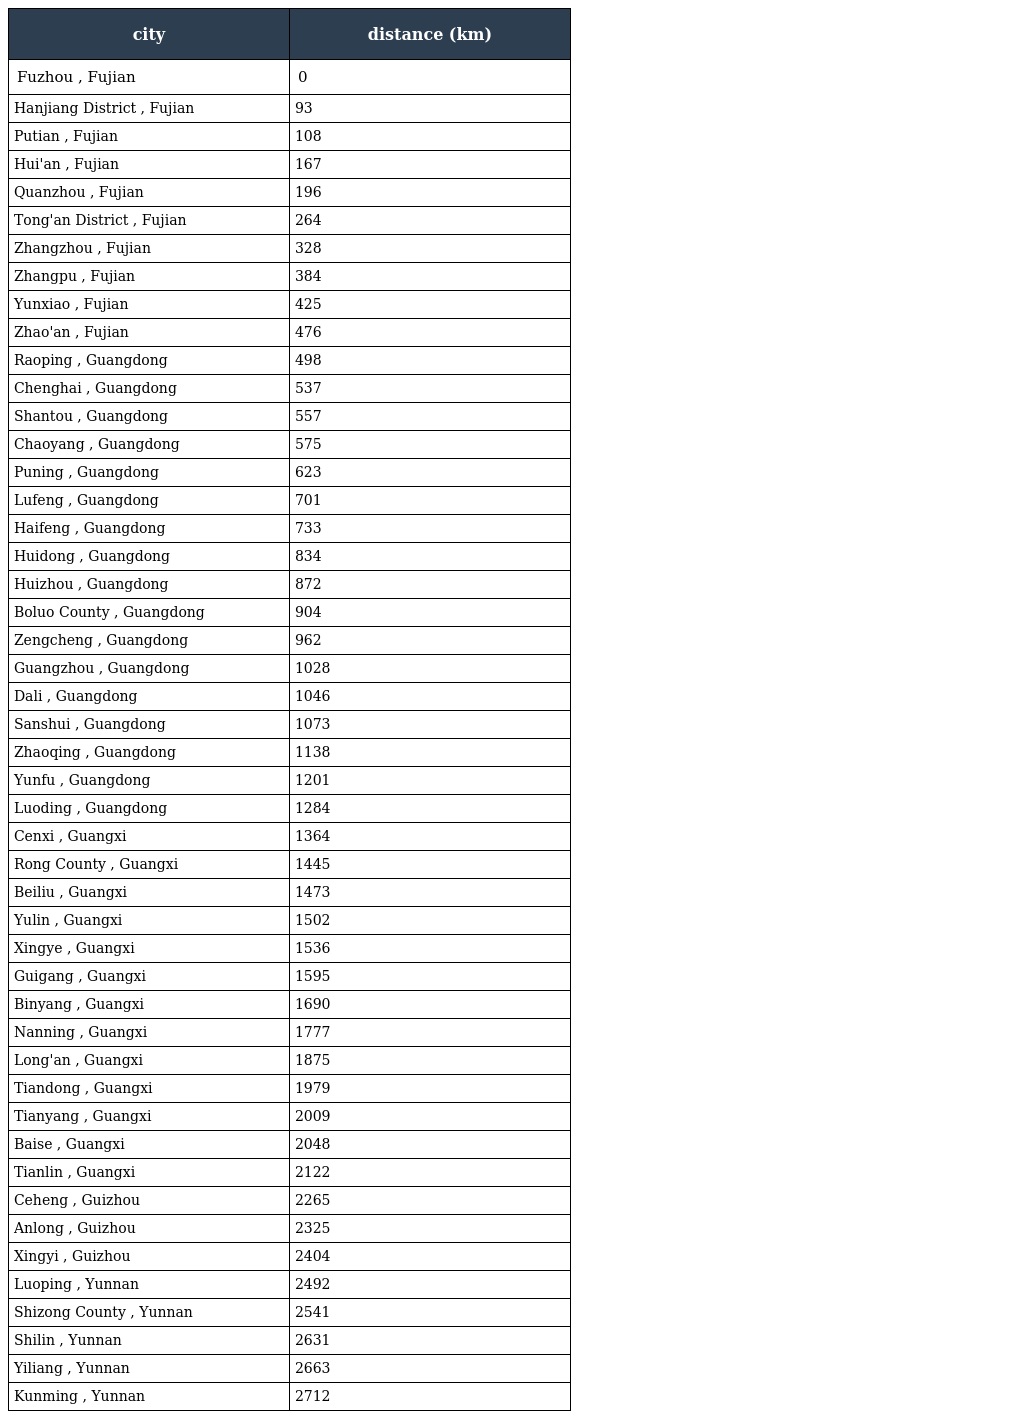
| city | distance (km) |
 | --- | --- |
 | Fuzhou , Fujian | 0 |
 | Hanjiang District , Fujian | 93 |
 | Putian , Fujian | 108 |
 | Hui'an , Fujian | 167 |
 | Quanzhou , Fujian | 196 |
 | Tong'an District , Fujian | 264 |
 | Zhangzhou , Fujian | 328 |
 | Zhangpu , Fujian | 384 |
 | Yunxiao , Fujian | 425 |
 | Zhao'an , Fujian | 476 |
 | Raoping , Guangdong | 498 |
 | Chenghai , Guangdong | 537 |
 | Shantou , Guangdong | 557 |
 | Chaoyang , Guangdong | 575 |
 | Puning , Guangdong | 623 |
 | Lufeng , Guangdong | 701 |
 | Haifeng , Guangdong | 733 |
 | Huidong , Guangdong | 834 |
 | Huizhou , Guangdong | 872 |
 | Boluo County , Guangdong | 904 |
 | Zengcheng , Guangdong | 962 |
 | Guangzhou , Guangdong | 1028 |
 | Dali , Guangdong | 1046 |
 | Sanshui , Guangdong | 1073 |
 | Zhaoqing , Guangdong | 1138 |
 | Yunfu , Guangdong | 1201 |
 | Luoding , Guangdong | 1284 |
 | Cenxi , Guangxi | 1364 |
 | Rong County , Guangxi | 1445 |
 | Beiliu , Guangxi | 1473 |
 | Yulin , Guangxi | 1502 |
 | Xingye , Guangxi | 1536 |
 | Guigang , Guangxi | 1595 |
 | Binyang , Guangxi | 1690 |
 | Nanning , Guangxi | 1777 |
 | Long'an , Guangxi | 1875 |
 | Tiandong , Guangxi | 1979 |
 | Tianyang , Guangxi | 2009 |
 | Baise , Guangxi | 2048 |
 | Tianlin , Guangxi | 2122 |
 | Ceheng , Guizhou | 2265 |
 | Anlong , Guizhou | 2325 |
 | Xingyi , Guizhou | 2404 |
 | Luoping , Yunnan | 2492 |
 | Shizong County , Yunnan | 2541 |
 | Shilin , Yunnan | 2631 |
 | Yiliang , Yunnan | 2663 |
 | Kunming , Yunnan | 2712 |